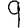
Digit: 9